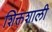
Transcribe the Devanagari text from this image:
शिक्तशाली